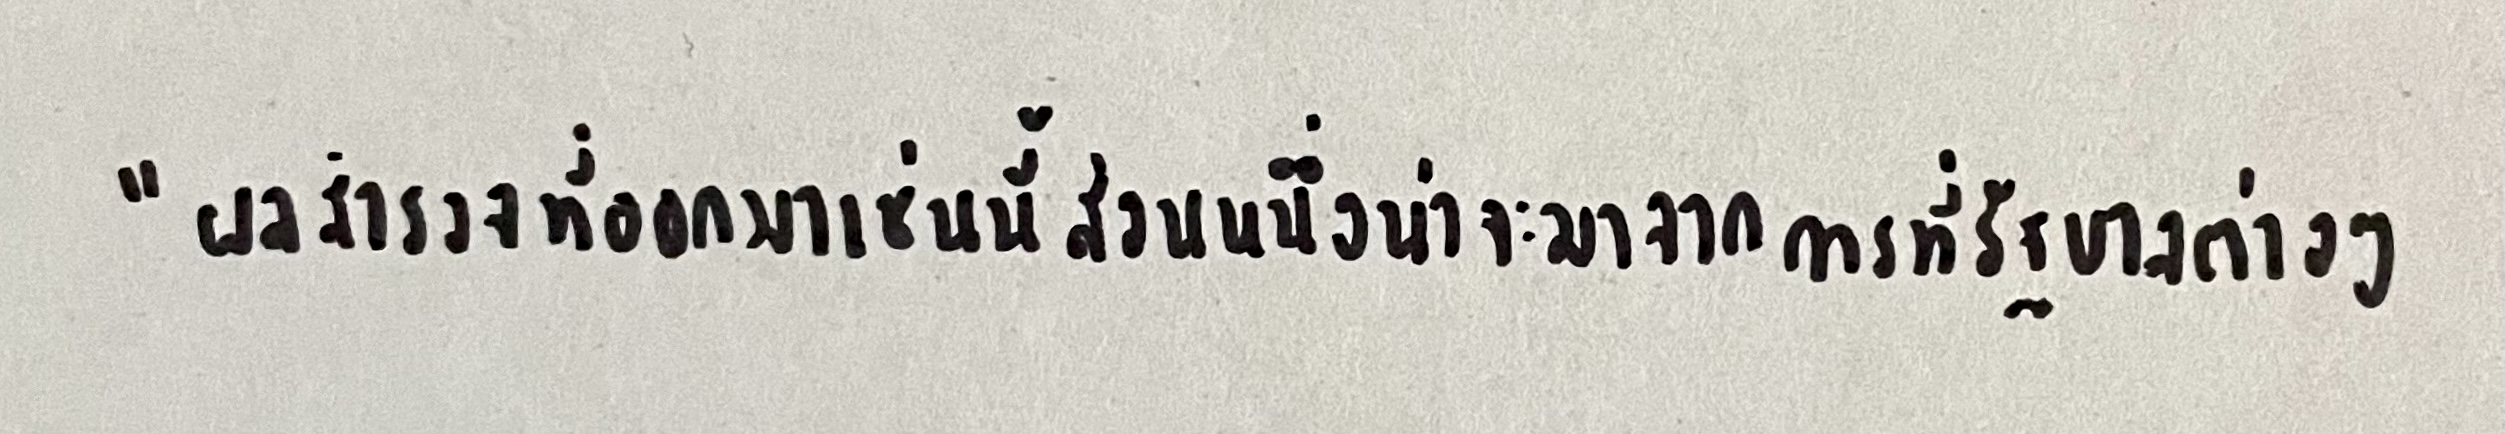
"ผลสำรวจที่ออกมาเช่นนี้ส่วนหนึ่งน่าจะมาจากการที่รัฐบาลต่างๆ